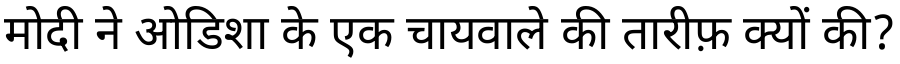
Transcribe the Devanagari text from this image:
मोदी ने ओडिशा के एक चायवाले की तारीफ़ क्यों की?